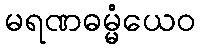
မရဏဓမ္မံယေဝ